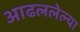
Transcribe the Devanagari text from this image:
आढललेल्या